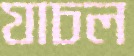
যাচল